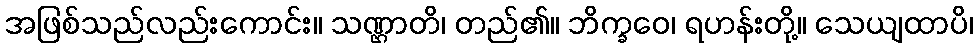
အဖြစ်သည်လည်းကောင်း။ သဏ္ဌာတိ၊ တည်၏။ ဘိက္ခဝေ၊ ရဟန်းတို့။ သေယျထာပိ၊